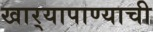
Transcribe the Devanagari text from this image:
खार्‍यापाण्याची